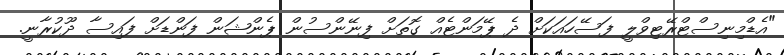
"އެޑްމިނިސްޓްރޭޓިވްލީ ފަސޭހައަކަށް ދެ ޕޭމަންޓެއް ގޮތަށް ފިނޭންސުން ޕެންޝަން ފަންޑަށް ފައިސާ ދޫކުރާނީ.